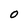
Character: O